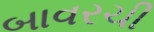
બાવરચી